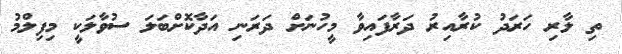
ތި ލާރި ހަރަދު ކުރާއިރު ދަރާފަައިވާ މީހުނަށް ދަރަނި އަދާކޮށްބަލަ ސުވާލަކީ މިފިލްމު